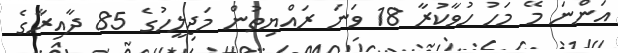
އަންނަ މޭ މަހު ހުވާކުރާ 18 ވަނަ ރައްޔިތުން މަޖިލީހުގެ 85 ދާއިރާގެ